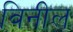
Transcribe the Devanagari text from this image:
विनील